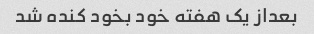
بعداز یک هفته خود بخود کنده شد